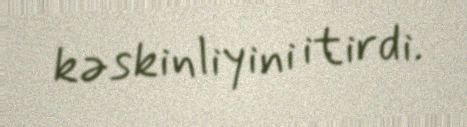
kəskinliyini itirdi.